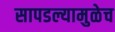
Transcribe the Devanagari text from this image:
सापडल्यामुळेच